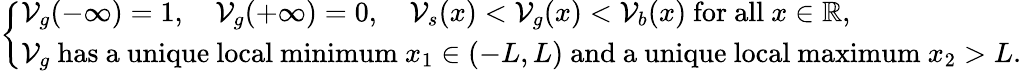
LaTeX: \left\{ \begin{array}{l}{\mathcal{V}_{g}(-\infty)=1,\quad\mathcal{V}_{g}(+\infty)=0,\quad\mathcal{V}_{s}(x)<\mathcal{V}_{g}(x)<\mathcal{V}_{b}(x)\mathrm{~for~all~}x\in\mathbb{R},}\\ {\mathcal{V}_{g}\mathrm{~has~a~unique~local~minimum~}x_{1}\in(-L,L)\mathrm{~and~a~unique~local~maximum~}x_{2}>L.}\end{array}\right.